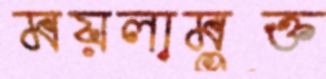
ময়লামুক্ত